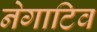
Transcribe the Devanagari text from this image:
नेगाटिव